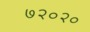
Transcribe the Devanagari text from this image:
७२०२०